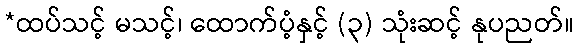
*ထပ်သင့် မသင့်၊ ထောက်ပံ့နှင့် (၃) သုံးဆင့် နုပညတ်။